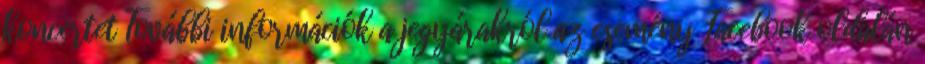
koncertet További információk a jegyárakról az esemény Facebook oldalán